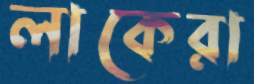
লাকেরা